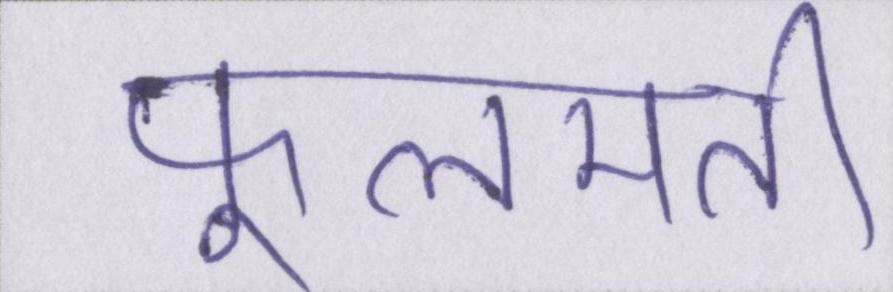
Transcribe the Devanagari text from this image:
फूलमती